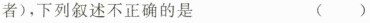
者)，下列叙述不正确的是 ( )